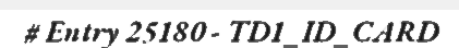
# Entry 25180 - TD1_ID_CARD